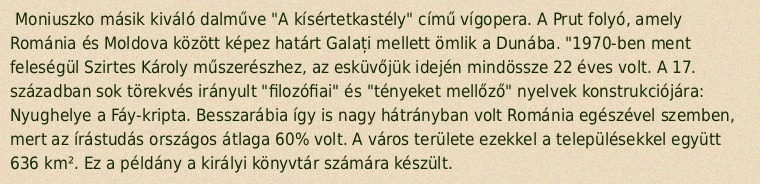
Moniuszko másik kiváló dalműve "A kísértetkastély" című vígopera. A Prut folyó, amely Románia és Moldova között képez határt Galați mellett ömlik a Dunába. "1970-ben ment feleségül Szirtes Károly műszerészhez, az esküvőjük idején mindössze 22 éves volt. A 17. században sok törekvés irányult "filozófiai" és "tényeket mellőző" nyelvek konstrukciójára: Nyughelye a Fáy-kripta. Besszarábia így is nagy hátrányban volt Románia egészével szemben, mert az írástudás országos átlaga 60% volt. A város területe ezekkel a településekkel együtt 636 km². Ez a példány a királyi könyvtár számára készült.